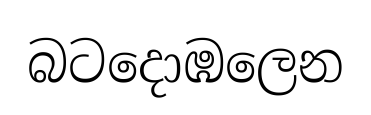
බටදොඹලෙන